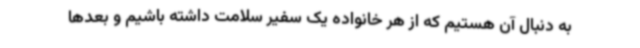
به دنبال آن هستیم که از هر خانواده یک سفیر سلامت داشته باشیم و بعدها